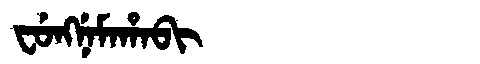
Manchu: ᠸᡠᠩᠨᡝᠮᠠᡥᠠᠪᡳ
Romanization: FUNGNEMAHABI